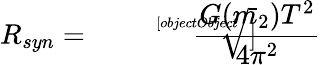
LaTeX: R_{syn}={\sqrt[[objectObject]]{\frac{G(m_{2})T^{2}}{4\pi^{2}}}}